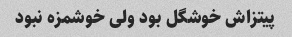
پیتزاش خوشگل بود ولی خوشمزه نبود